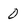
Character: 0